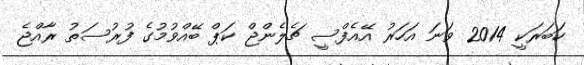
ހަބަރަކީ 2014 ވަނަ އަހަރު އޭއެފްސީ ޗެލެންޖް ކަޕް ބޭއްވުމުގެ ފުރުސަތު ރާއްޖެ